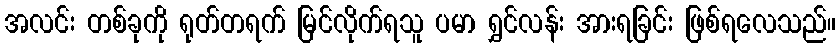
အလင်း တစ်ခုကို ရုတ်တရက် မြင်လိုက်ရသူ ပမာ ရွှင်လန်း အားရခြင်း ဖြစ်ရလေသည်။